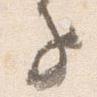
子